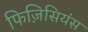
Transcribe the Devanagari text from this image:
फिज़िसियंस